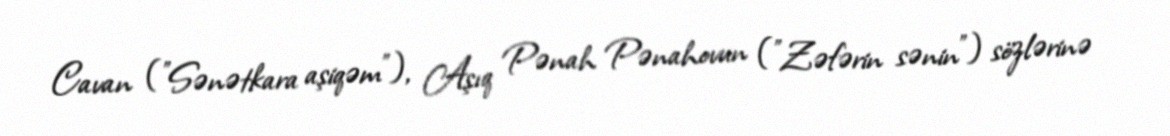
Cavan ("Sənətkara aşiqəm"), Aşıq Pənah Pənahovun ("Zəfərin sənin") sözlərinə